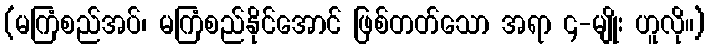
(မကြံစည်အပ်၊ မကြံစည်နိုင်အောင် ဖြစ်တတ်သော အရာ ၄-မျိုး ဟူလို။)